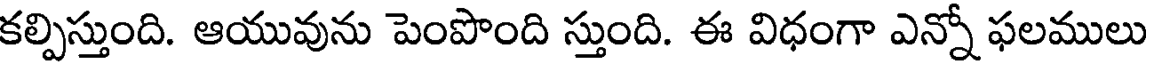
కల్పిస్తుంది. ఆయువును పెంపొంది స్తుంది. ఈ విధంగా ఎన్నో ఫలములు